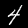
Label: 4